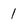
Character: 1